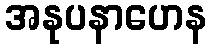
အနုပနာဟေန